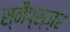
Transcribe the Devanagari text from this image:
स्नैप्स्ज़र